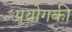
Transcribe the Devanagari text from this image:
प्रयोगकी